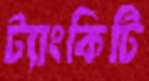
ট্যাংকিটি